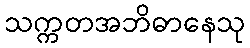
သက္ကတအဘိဓာနေသု